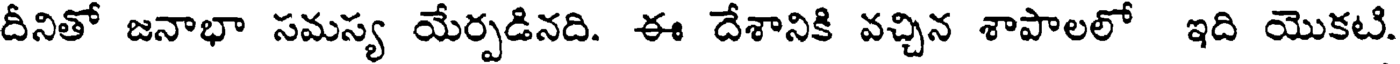
దీనితో జనాభా సమస్య యేర్పడినది. ఈ దేశానికి వచ్చిన శాపాలలో ఇది యొకటి.